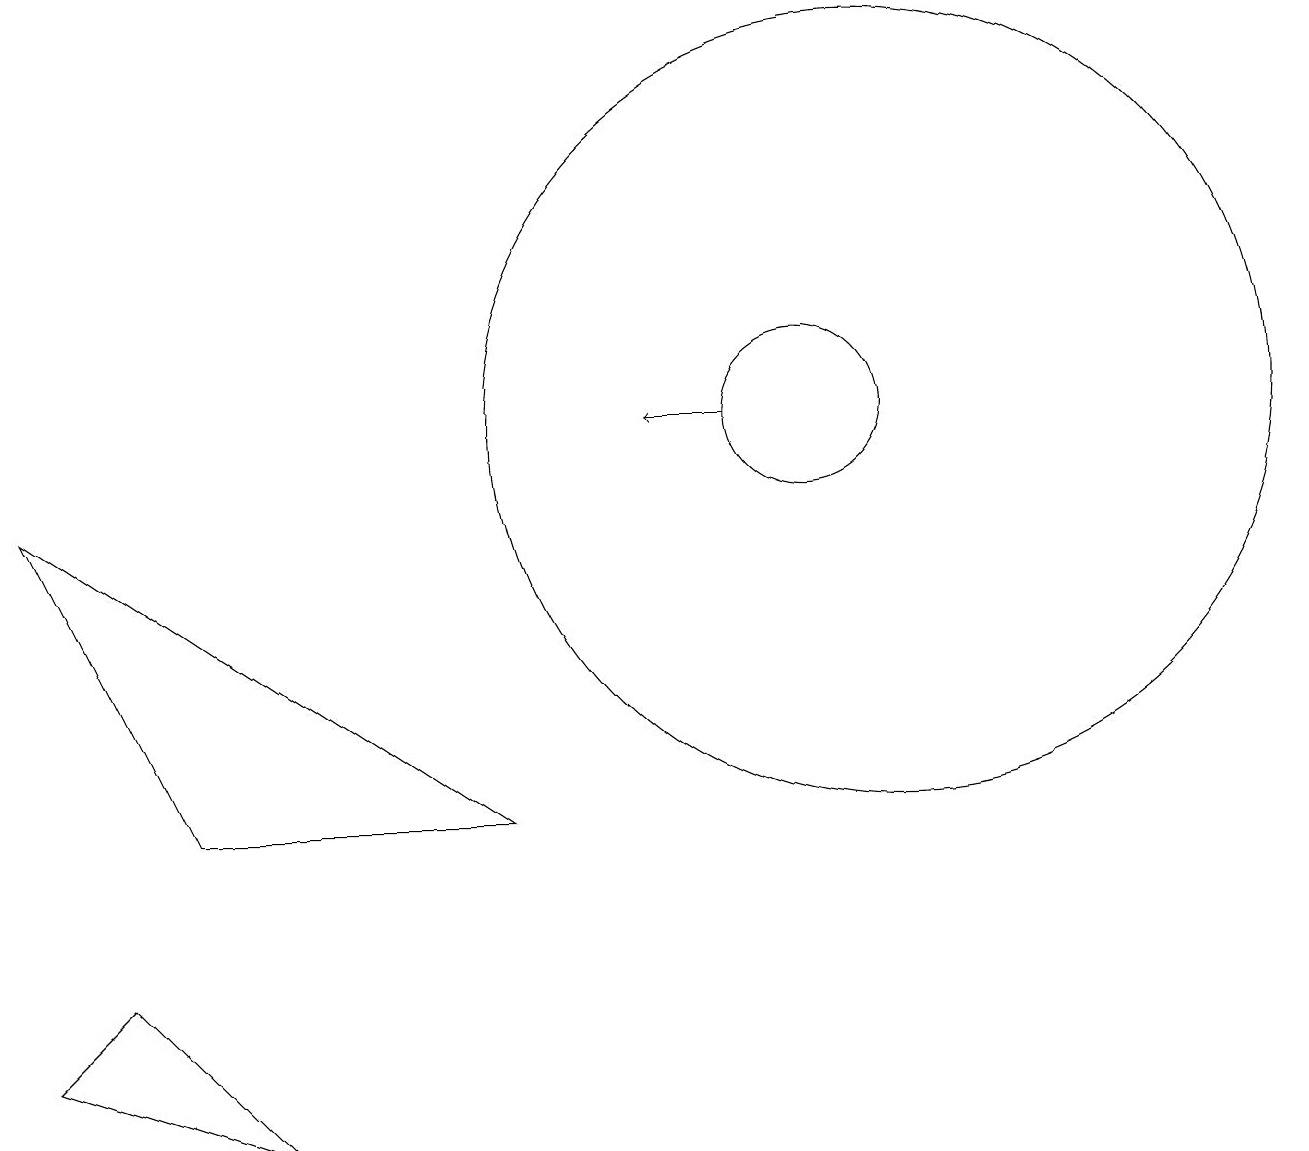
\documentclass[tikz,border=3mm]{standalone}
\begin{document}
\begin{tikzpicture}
\draw[->] (9,10) -- (8,10);
\draw (10,10) circle (1);
\draw (2,5) -- (0,9) -- (6,5) -- cycle;
\draw (1,3) -- (3,1) -- (0,2) -- cycle;
\draw (11,10) circle (5);
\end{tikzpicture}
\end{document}